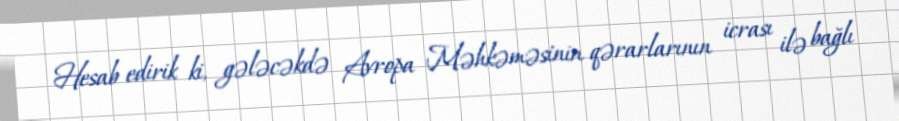
Hesab edirik ki, gələcəkdə Avropa Məhkəməsinin qərarlarının icrası ilə bağlı